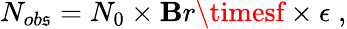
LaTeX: N_{ob\mathfrak{s}}=N_{0}\times\mathbf{B}r\timesf\times\epsilon\; ,